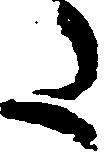
た